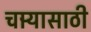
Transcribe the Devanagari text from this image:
चार्‍यासाठी